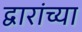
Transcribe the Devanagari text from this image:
द्वारांच्या